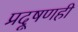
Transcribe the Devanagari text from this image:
प्रदूषणही